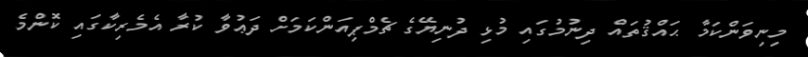
މިނިވަންކަމާ ޙައްޤުތައް ދިނުމުގައި މުޅި ދުނިޔޭގެ ޗެމްޕިއަންކަމަށް ދަޢުވާ ކުރާ އެމެރިކާގައި ކޮންމެ